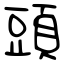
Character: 頭